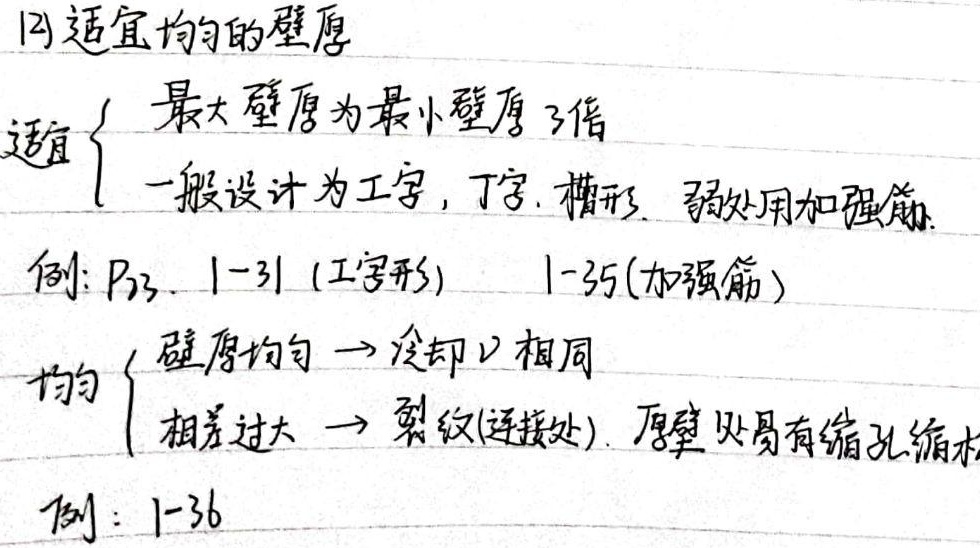
(2)适宜均匀的壁厚适宜
\begin{cases}
最大壁厚为最小壁厚3倍 \\
一般设计为工字，丁字，槽形. 弱处用加强筋.
\end{cases}
例：$P_{23}$. 1-31 (工字形)  1-35(加强筋)均匀
\begin{cases}
\text{壁厚均匀}→\text{冷却v相同} \\
\text{相差过大}→\text{裂纹(连接处)}. \text{厚壁处易有缩孔缩松}
\end{cases}
例：1-36